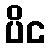
ပိင